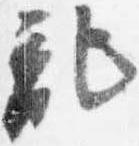
記